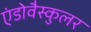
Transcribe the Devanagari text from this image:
एंडोवैस्कुलर